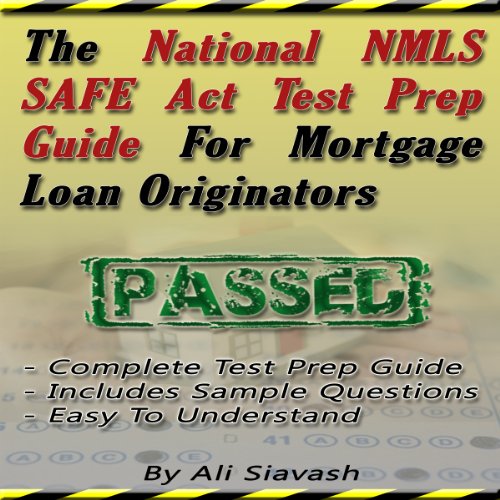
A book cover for The National NMLS SAFE Act Test Prep Guide for Mortgage Loan Originators; Ali Siavash; Business & Money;